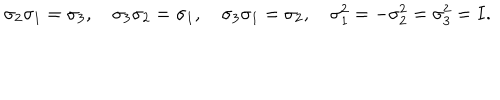
LaTeX: \sigma _ { 2 } \sigma _ { 1 } = \sigma _ { 3 } , \quad \sigma _ { 3 } \sigma _ { 2 } = \sigma _ { 1 } , \quad \sigma _ { 3 } \sigma _ { 1 } = \sigma _ { 2 } , \quad \sigma _ { 1 } ^ { 2 } = - \sigma _ { 2 } ^ { 2 } = \sigma _ { 3 } ^ { 2 } = I .